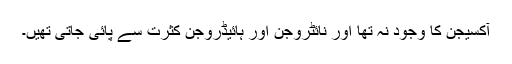
آکسیجن کا وجود نہ تھا اور نائٹروجن اور ہائیڈروجن کثرت سے پائی جاتی تھیں۔